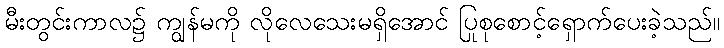
မီးတွင်းကာလ၌ ကျွန်မကို လိုလေသေးမရှိအောင် ပြုစုစောင့်ရှောက်ပေးခဲ့သည်။